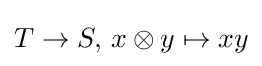
T\to S,\,x\otimes y\mapsto xy